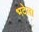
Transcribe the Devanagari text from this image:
भदेला